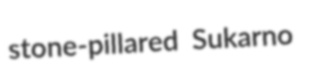
stone-pillared Sukarno